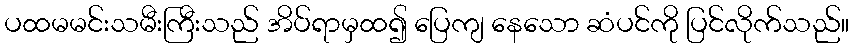
ပထမမင်းသမီးကြီးသည် အိပ်ရာမှထ၍ ပြေကျ နေသော ဆံပင်ကို ပြင်လိုက်သည်။